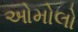
ઓમોલો